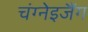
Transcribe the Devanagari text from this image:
चंग्नेइजैंग